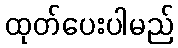
ထုတ်ပေးပါမည်